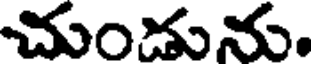
చుండును.